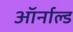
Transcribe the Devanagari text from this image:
ऑर्नाल्ड